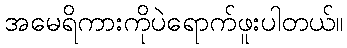
အမေရိကားကိုပဲရောက်ဖူးပါတယ်။